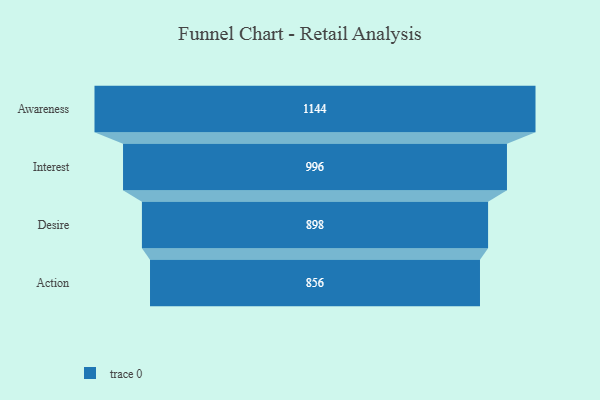
{"axis": {"x": "Stage", "y": "Value"}, "legend": [""], "data": [{"x": "Awareness", "y": 1144.0, "type": ""}, {"x": "Interest", "y": 996.0, "type": ""}, {"x": "Desire", "y": 898.0, "type": ""}, {"x": "Action", "y": 856.0, "type": ""}]}